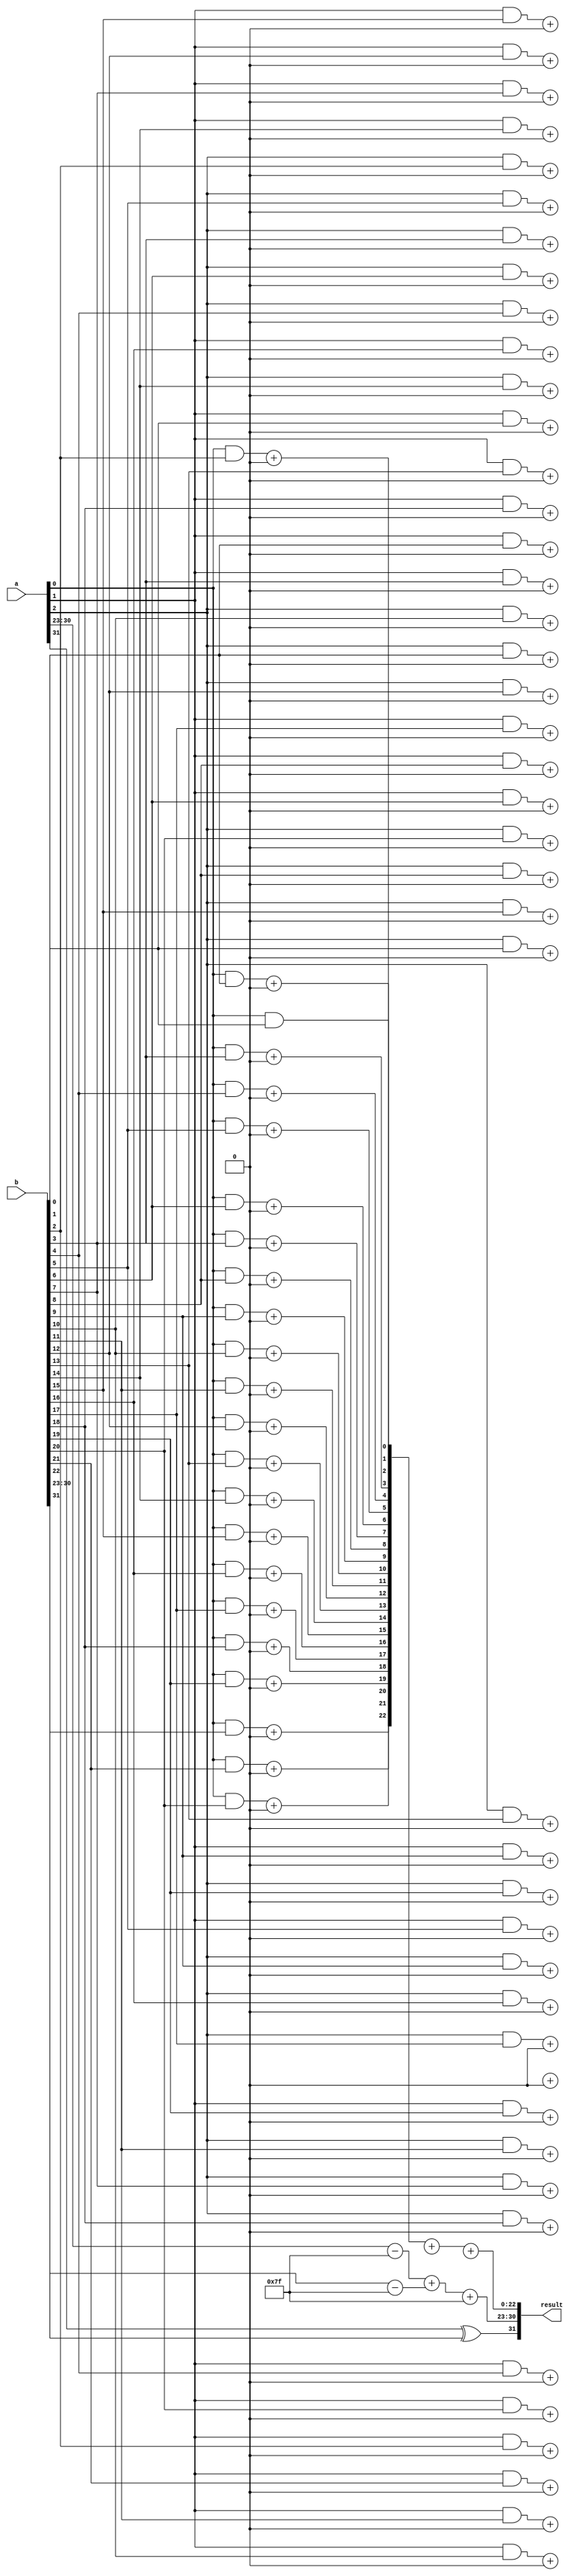
module fp_wallis_tree_multiplier (
    input [31:0] a,  // Input floating-point number A (32-bit)
    input [31:0] b,  // Input floating-point number B (32-bit)
    output reg [31:0] result // Output floating-point product (32-bit)
);

    // IEEE 754 fields
    wire sign_a = a[31];
    wire sign_b = b[31];
    wire [7:0] exp_a = a[30:23];
    wire [7:0] exp_b = b[30:23];
    wire [22:0] man_a = a[22:0];
    wire [22:0] man_b = b[22:0];

    // Normalize mantissa, including implicit leading 1
    wire [24:0] norm_man_a = {1'b1, man_a}; // 24 bits
    wire [24:0] norm_man_b = {1'b1, man_b}; // 24 bits

    // Adjust exponent with bias (127 for single precision)
    wire [8:0] adjusted_exp_a = exp_a - 8'd127;
    wire [8:0] adjusted_exp_b = exp_b - 8'd127;

    // Partial products generation
    wire [47:0] partial_products [23:0]; // 24x24 multiplication
    genvar i, j;
    generate
        for(i = 0; i < 23; i = i + 1) begin : gen_partial_products
            for(j = 0; j < 24; j = j + 1) begin
                assign partial_products[i][j + i] = norm_man_a[i] & norm_man_b[j]; // AND operation
            end
        end
    endgenerate

    // Wallace tree reduction
    wire [47:0] sum [0:22];
    wire [23:0] carry [0:22];

    // Example reduction: Combine partial products in stages
    // Reduction logic (simplified)
    // Note: A full implementation should ideally include proper full and half adders
    for (i = 0; i < 23; i = i + 1) begin
        assign sum[i][0] = partial_products[i][0];
        assign carry[i][0] = 0; // Initial carry

        for (j = 1; j < 24; j = j + 1) begin
            // Note: This needs to be expanded with proper half/full adder logic
            // This section is highly simplified and is intended to show the structure
            // It is crucial to implement proper full adder logic for the Wallace tree
            assign sum[i][j] = partial_products[i][j] + carry[i][j - 1];
            assign carry[i][j] = (partial_products[i][j] & carry[i][j - 1]);
        end
    end

    // Final summation of results
    // This section is greatly oversimplified; you should implement a proper carry-lookahead
    wire [47:0] final_sum;
    assign final_sum = sum[0] + sum[1] + sum[2]; // etc.

    // Exponent calculation
    wire [8:0] final_exponent = adjusted_exp_a + adjusted_exp_b + 8'd127; // Add bias back

    // Sign calculation
    wire final_sign = sign_a ^ sign_b; // XOR for sign

    // Output assembly
    always @(*) begin
        result = {final_sign, final_exponent[7:0], final_sum[22:0]}; // Truncate mantissa as needed
    end

endmodule